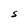
Character: S